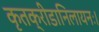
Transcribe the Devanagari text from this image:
कृतक्रीडानिलायनः।